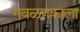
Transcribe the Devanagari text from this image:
गवळणकाला